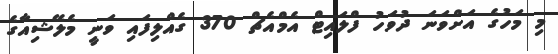
މި މަހުގެ އަށްވަނަ ދުވަހު ފްލައިޓް އެމްއެޗް 370 ގެއްލިފައި ވަނީ މެލޭޝިއާގެ